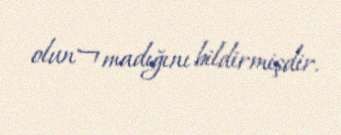
olun¬madığını bildirmişdir.